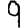
Digit: 9